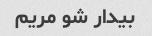
بیدار شو مریم